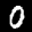
Label: 0